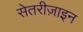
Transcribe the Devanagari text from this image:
सेतरीज़ाइन